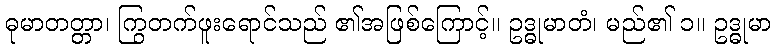
ဓုမာတတ္တာ၊ ကြွတက်ဖူးရောင်သည် ၏အဖြစ်ကြောင့်။ ဥဒ္ဓုမာတံ၊ မည်၏ ၁။ ဥဒ္ဓုမာ